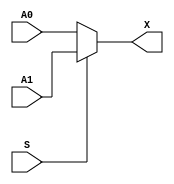
// This program was cloned from: https://github.com/TinyTapeout/tinytapeout-07-staging
// License: Apache License 2.0

// sky130_fd_sc_hd_fast.v
// These are simplistic, fast simulation models of the standard library cells
// required by TinyTapeout. The motiviation for having these is that Verilator
// cannot digest the 'primitive' definitions provided in the PDK, as it does not
// support the 'table' construct. Therefore these models stand-in for the PDK
// models testbench simulation.

module sky130_fd_sc_hd__udp_mux_2to1 (
    output wire X ,
    input  wire A0,
    input  wire A1,
    input  wire S
);

    assign X = S ? A1 : A0;

endmodule

module sky130_fd_sc_hd__udp_mux_4to2 (
    output wire X ,
    input  wire A0,
    input  wire A1,
    input  wire A2,
    input  wire A3,
    input  wire S0,
    input  wire S1
);

    wire [3:0] all_inputs;
    wire [1:0] all_select;

    assign all_inputs = {A3, A2, A1, A0};
    assign all_select = {S1, S0};

    assign X = all_inputs[all_select];

endmodule

module sky130_fd_sc_hd__udp_mux_2to1_N (
    output wire Y ,
    input  wire A0,
    input  wire A1,
    input  wire S
);

    assign Y = ~(S ? A1 : A0);

endmodule

module sky130_fd_sc_hd__udp_dlatch$lP_pp$PG$N (
    output reg  Q       ,
    input  wire D       ,
    input  wire GATE    ,
    input  wire NOTIFIER,
    input  wire VPWR    ,
    input  wire VGND
);

    always @(*) begin
        if (GATE) Q <= D;
    end

    wire _unused;
    assign _unused = &{ 1'b0, NOTIFIER, VPWR, VGND };

endmodule

module sky130_fd_sc_hd__udp_dlatch$PR_pp$PG$N (
    output reg  Q       ,
    input  wire D       ,
    input  wire GATE    ,
    input  wire RESET   ,
    input  wire NOTIFIER,
    input  wire VPWR    ,
    input  wire VGND
);

    always @(*) begin
        if (RESET) begin
            Q <= 'd0;
        end if (GATE) begin
            Q <= D;
        end
    end

    wire _unused;
    assign _unused = &{ 1'b0, NOTIFIER, VPWR, VGND };

endmodule

module sky130_fd_sc_hd__udp_dlatch$P_pp$PG$N (
    output reg  Q       ,
    input  wire D       ,
    input  wire GATE    ,
    input  wire NOTIFIER,
    input  wire VPWR    ,
    input  wire VGND
);

    always @(*) begin
        if (GATE) Q <= D;
    end

    wire _unused;
    assign _unused = &{ 1'b0, NOTIFIER, VPWR, VGND };

endmodule

module sky130_fd_sc_hd__udp_dff$P_pp$PG$N (
    output reg  Q       ,
    input  wire D       ,
    input  wire CLK     ,
    input  wire NOTIFIER,
    input  wire VPWR    ,
    input  wire VGND
);

    always @(posedge CLK) begin
        Q <= D;
    end

    wire _unused;
    assign _unused = &{ 1'b0, NOTIFIER, VPWR, VGND };

endmodule

module sky130_fd_sc_hd__udp_dff$PS_pp$PG$N (
    output reg  Q       ,
    input  wire D       ,
    input  wire CLK     ,
    input  wire SET    ,
    input  wire NOTIFIER,
    input  wire VPWR    ,
    input  wire VGND
);

    always @(posedge CLK, posedge SET) begin
        if (SET) begin
            Q <= 1'b1;
        end else begin
            Q <= D;
        end
    end

    wire _unused;
    assign _unused = &{ 1'b0, NOTIFIER, VPWR, VGND };

endmodule

module sky130_fd_sc_hd__udp_dff$PR_pp$PG$N (
    output reg  Q       ,
    input  wire D       ,
    input  wire CLK     ,
    input  wire RESET   ,
    input  wire NOTIFIER,
    input  wire VPWR    ,
    input  wire VGND
);

    always @(posedge CLK, posedge RESET) begin
        if (RESET) begin
            Q <= 1'b0;
        end else begin
            Q <= D;
        end
    end

    wire _unused;
    assign _unused = &{ 1'b0, NOTIFIER, VPWR, VGND };

endmodule

module sky130_fd_sc_hd__udp_dff$NSR_pp$PG$N (
    output reg  Q       ,
    input  wire SET     ,
    input  wire RESET   ,
    input  wire CLK_N   ,
    input  wire D       ,
    input  wire NOTIFIER,
    input  wire VPWR    ,
    input  wire VGND
);

    always @(negedge CLK_N, posedge RESET, posedge SET) begin
        if (RESET) begin
            Q <= 1'b0;
        end else if (SET) begin
            Q <= 1'b1;
        end else begin
            Q <= D;
        end
    end

    wire _unused;
    assign _unused = &{ 1'b0, NOTIFIER, VPWR, VGND };

endmodule

module sky130_fd_sc_hd__udp_pwrgood_pp$G (
    output wire UDP_OUT,
    input  wire UDP_IN ,
    input  wire VGND
);

    assign UDP_OUT = UDP_IN && !VGND;

endmodule

module sky130_fd_sc_hd__udp_pwrgood_pp$P (
    output wire UDP_OUT,
    input  wire UDP_IN ,
    input  wire VPWR
);

    assign UDP_OUT = UDP_IN && VPWR;

endmodule

module sky130_fd_sc_hd__udp_pwrgood_pp$PG (
    output wire UDP_OUT,
    input  wire UDP_IN ,
    input  wire VPWR   ,
    input  wire VGND
);

    assign UDP_OUT = UDP_IN && VPWR && !VGND;

endmodule

module sky130_fd_sc_hd__udp_pwrgood$l_pp$PG (
    output wire UDP_OUT,
    input  wire UDP_IN ,
    input  wire VPWR   ,
    input  wire VGND
);

    assign UDP_OUT = UDP_IN && VPWR && !VGND;

endmodule

module sky130_fd_sc_hd__udp_pwrgood$l_pp$PG$S (
    output wire UDP_OUT,
    input  wire UDP_IN ,
    input  wire VPWR   ,
    input  wire VGND   ,
    input  wire SLEEP
);

    assign UDP_OUT = UDP_IN && VPWR && !VGND && !SLEEP;

endmodule


module sky130_fd_sc_hd__a211o_1(
    output wire X   ,
    input  wire A1  ,
    input  wire A2  ,
    input  wire B1  ,
    input  wire C1  ,
    input  wire VPWR,
    input  wire VGND,
    input  wire VPB ,
    input  wire VNB
);

    assign X = ((A1 & A2) | B1 | C1);

    wire _unused;
    assign _unused = &{ 1'b0, VPWR, VGND, VPB, VNB };

endmodule

module sky130_fd_sc_hd__a31o_1(
    output wire X   ,
    input  wire A1  ,
    input  wire A2  ,
    input  wire A3  ,
    input  wire B1  ,
    input  wire VPWR,
    input  wire VGND,
    input  wire VPB ,
    input  wire VNB
);

    assign X = ((A1 & A2 & A3) | B1);

    wire _unused;
    assign _unused = &{ 1'b0, VPWR, VGND, VPB, VNB };

endmodule

module sky130_fd_sc_hd__and2_1(
    output wire X   ,
    input  wire A   ,
    input  wire B   ,
    input  wire VPWR,
    input  wire VGND,
    input  wire VPB ,
    input  wire VNB
);

    assign X = A & B;

    wire _unused;
    assign _unused = &{ 1'b0, VPWR, VGND, VPB, VNB };

endmodule

module sky130_fd_sc_hd__and2_4(
    output wire X   ,
    input  wire A   ,
    input  wire B   ,
    input  wire VPWR,
    input  wire VGND,
    input  wire VPB ,
    input  wire VNB
);

    assign X = A & B;

    wire _unused;
    assign _unused = &{ 1'b0, VPWR, VGND, VPB, VNB };

endmodule

module sky130_fd_sc_hd__and2b_1(
    output wire X   ,
    input  wire A_N ,
    input  wire B   ,
    input  wire VPWR,
    input  wire VGND,
    input  wire VPB ,
    input  wire VNB
);

    assign X = (~A_N) & B;

    wire _unused;
    assign _unused = &{ 1'b0, VPWR, VGND, VPB, VNB };

endmodule

module sky130_fd_sc_hd__and2b_2(
    output wire X   ,
    input  wire A_N ,
    input  wire B   ,
    input  wire VPWR,
    input  wire VGND,
    input  wire VPB ,
    input  wire VNB
);

    assign X = (~A_N) & B;

    wire _unused;
    assign _unused = &{ 1'b0, VPWR, VGND, VPB, VNB };

endmodule

module sky130_fd_sc_hd__and3b_1(
    output wire X   ,
    input  wire A_N ,
    input  wire B   ,
    input  wire C   ,
    input  wire VPWR,
    input  wire VGND,
    input  wire VPB ,
    input  wire VNB
);

    assign X = (~A_N) & B & C;

    wire _unused;
    assign _unused = &{ 1'b0, VPWR, VGND, VPB, VNB };

endmodule

module sky130_fd_sc_hd__and3b_4(
    output wire X   ,
    input  wire A_N ,
    input  wire B   ,
    input  wire C   ,
    input  wire VPWR,
    input  wire VGND,
    input  wire VPB ,
    input  wire VNB
);

    assign X = (~A_N) & B & C;

    wire _unused;
    assign _unused = &{ 1'b0, VPWR, VGND, VPB, VNB };

endmodule

module sky130_fd_sc_hd__and4_1(
    output wire X   ,
    input  wire A   ,
    input  wire B   ,
    input  wire C   ,
    input  wire D   ,
    input  wire VPWR,
    input  wire VGND,
    input  wire VPB ,
    input  wire VNB
);

    assign X = A & B & C & D;

    wire _unused;
    assign _unused = &{ 1'b0, VPWR, VGND, VPB, VNB };

endmodule

module sky130_fd_sc_hd__and4b_1(
    output wire X   ,
    input  wire A_N ,
    input  wire B   ,
    input  wire C   ,
    input  wire D   ,
    input  wire VPWR,
    input  wire VGND,
    input  wire VPB ,
    input  wire VNB
);

    assign X = (~A_N) & B & C & D;

    wire _unused;
    assign _unused = &{ 1'b0, VPWR, VGND, VPB, VNB };

endmodule

module sky130_fd_sc_hd__and4bb_1(
    output wire X   ,
    input  wire A_N ,
    input  wire B_N ,
    input  wire C   ,
    input  wire D   ,
    input  wire VPWR,
    input  wire VGND,
    input  wire VPB ,
    input  wire VNB
);

    assign X = (~A_N) & (~B_N) & C & D;

    wire _unused;
    assign _unused = &{ 1'b0, VPWR, VGND, VPB, VNB };

endmodule

module sky130_fd_sc_hd__buf_1(
    output wire X   ,
    input  wire A   ,
    input  wire VPWR,
    input  wire VGND,
    input  wire VPB ,
    input  wire VNB
);

    assign X = A;

    wire _unused;
    assign _unused = &{ 1'b0, VPWR, VGND, VPB, VNB };

endmodule

module sky130_fd_sc_hd__buf_2(
    output wire X   ,
    input  wire A   ,
    input  wire VPWR,
    input  wire VGND,
    input  wire VPB ,
    input  wire VNB
);

    assign X = A;

    wire _unused;
    assign _unused = &{ 1'b0, VPWR, VGND, VPB, VNB };

endmodule

module sky130_fd_sc_hd__buf_4(
    output wire X   ,
    input  wire A   ,
    input  wire VPWR,
    input  wire VGND,
    input  wire VPB ,
    input  wire VNB
);

    assign X = A;

    wire _unused;
    assign _unused = &{ 1'b0, VPWR, VGND, VPB, VNB };

endmodule

module sky130_fd_sc_hd__clkinv_2(
    output wire Y   ,
    input  wire A   ,
    input  wire VPWR,
    input  wire VGND,
    input  wire VPB ,
    input  wire VNB
);

    assign Y = ~A;

    wire _unused;
    assign _unused = &{ 1'b0, VPWR, VGND, VPB, VNB };

endmodule

module sky130_fd_sc_hd__clkinv_4(
    output wire Y   ,
    input  wire A   ,
    input  wire VPWR,
    input  wire VGND,
    input  wire VPB ,
    input  wire VNB
);

    assign Y = ~A;

    wire _unused;
    assign _unused = &{ 1'b0, VPWR, VGND, VPB, VNB };

endmodule

module sky130_fd_sc_hd__clkbuf_2(
    output wire X   ,
    input  wire A   ,
    input  wire VPWR,
    input  wire VGND,
    input  wire VPB ,
    input  wire VNB
);

    assign X = A;

    wire _unused;
    assign _unused = &{ 1'b0, VPWR, VGND, VPB, VNB };

endmodule

module sky130_fd_sc_hd__clkbuf_4(
    output wire X   ,
    input  wire A   ,
    input  wire VPWR,
    input  wire VGND,
    input  wire VPB ,
    input  wire VNB
);

    assign X = A;

    wire _unused;
    assign _unused = &{ 1'b0, VPWR, VGND, VPB, VNB };

endmodule

module sky130_fd_sc_hd__clkbuf_8(
    output wire X   ,
    input  wire A   ,
    input  wire VPWR,
    input  wire VGND,
    input  wire VPB ,
    input  wire VNB
);

    assign X = A;

    wire _unused;
    assign _unused = &{ 1'b0, VPWR, VGND, VPB, VNB };

endmodule

module sky130_fd_sc_hd__clkdlybuf4s25_1(
    output wire X   ,
    input  wire A   ,
    input  wire VPWR,
    input  wire VGND,
    input  wire VPB ,
    input  wire VNB
);

    assign X = A;

    wire _unused;
    assign _unused = &{ 1'b0, VPWR, VGND, VPB, VNB };

endmodule

module sky130_fd_sc_hd__clkdlybuf4s50_1(
    output wire X   ,
    input  wire A   ,
    input  wire VPWR,
    input  wire VGND,
    input  wire VPB ,
    input  wire VNB
);

    assign X = A;

    wire _unused;
    assign _unused = &{ 1'b0, VPWR, VGND, VPB, VNB };

endmodule

module sky130_fd_sc_hd__clkinv_1(
    output wire Y   ,
    input  wire A   ,
    input  wire VPWR,
    input  wire VGND,
    input  wire VPB ,
    input  wire VNB
);

    assign Y = ~A;

    wire _unused;
    assign _unused = &{ 1'b0, VPWR, VGND, VPB, VNB };

endmodule

module sky130_fd_sc_hd__dfrtp_4(
    output reg  Q      ,
    input  wire CLK    ,
    input  wire D      ,
    input  wire RESET_B,
    input  wire VPWR   ,
    input  wire VGND   ,
    input  wire VPB    ,
    input  wire VNB
);

    wire RESET = ~RESET_B;

    always @(posedge CLK, posedge RESET) begin
        if (RESET) Q <= 'd0;
        else       Q <= D;
    end

    wire _unused;
    assign _unused = &{ 1'b0, VPWR, VGND, VPB, VNB };

endmodule

module sky130_fd_sc_hd__dfrtn_1(
    output reg  Q      ,
    input  wire CLK_N  ,
    input  wire D      ,
    input  wire RESET_B,
    input  wire VPWR   ,
    input  wire VGND   ,
    input  wire VPB    ,
    input  wire VNB
);

    wire CLK   = ~CLK_N;
    wire RESET = ~RESET_B;

    always @(posedge CLK, posedge RESET) begin
        if (RESET) Q <= 'd0;
        else       Q <= D;
    end

    wire _unused;
    assign _unused = &{ 1'b0, VPWR, VGND, VPB, VNB };

endmodule

module sky130_fd_sc_hd__dfrtp_1(
    output reg  Q      ,
    input  wire CLK    ,
    input  wire D      ,
    input  wire RESET_B,
    input  wire VPWR   ,
    input  wire VGND   ,
    input  wire VPB    ,
    input  wire VNB
);

    wire RESET = ~RESET_B;

    always @(posedge CLK, posedge RESET) begin
        if (RESET) Q <= 'd0;
        else       Q <= D;
    end

    wire _unused;
    assign _unused = &{ 1'b0, VPWR, VGND, VPB, VNB };

endmodule

module sky130_fd_sc_hd__dfsbp_1(
    output reg  Q    ,
    output wire Q_N  ,
    input  wire CLK  ,
    input  wire D    ,
    input  wire SET_B,
    input  wire VPWR ,
    input  wire VGND ,
    input  wire VPB  ,
    input  wire VNB
);

    wire SET = ~SET_B;

    always @(posedge CLK, posedge SET) begin
        if (SET) Q <= 'd1;
        else     Q <= D;
    end

    wire _unused;
    assign _unused = &{ 1'b0, VPWR, VGND, VPB, VNB };

assign Q_N = ~Q;

endmodule

module sky130_fd_sc_hd__dfxtp_1(
    output reg  Q   ,
    input  wire CLK ,
    input  wire D   ,
    input  wire VPWR,
    input  wire VGND,
    input  wire VPB ,
    input  wire VNB
);

    always @(posedge CLK) begin
        Q <= D;
    end

    wire _unused;
    assign _unused = &{ 1'b0, VPWR, VGND, VPB, VNB };

endmodule

module sky130_fd_sc_hd__dfxtp_4(
    output reg  Q   ,
    input  wire CLK ,
    input  wire D   ,
    input  wire VPWR,
    input  wire VGND,
    input  wire VPB ,
    input  wire VNB
);

    always @(posedge CLK) begin
        Q <= D;
    end

    wire _unused;
    assign _unused = &{ 1'b0, VPWR, VGND, VPB, VNB };

endmodule

module sky130_fd_sc_hd__dlclkp_1(
    output wire GCLK,
    input  wire GATE,
    input  wire CLK ,
    input  wire VPWR,
    input  wire VGND,
    input  wire VPB ,
    input  wire VNB
);

    reg gate_q;

    always @(negedge CLK) gate_q <= GATE;

    assign GCLK = gate_q & CLK;

    wire _unused;
    assign _unused = &{ 1'b0, VPWR, VGND, VPB, VNB };

endmodule

module sky130_fd_sc_hd__dlxtn_1(
    output reg  Q     ,
    input  wire D     ,
    input  wire GATE_N,
    input  wire VPWR  ,
    input  wire VGND  ,
    input  wire VPB   ,
    input  wire VNB
);

    always @(GATE_N, D) begin
        if (~GATE_N) Q <= D;
    end

    wire _unused;
    assign _unused = &{ 1'b0, VPWR, VGND, VPB, VNB };

endmodule

module sky130_fd_sc_hd__dlxtn_4(
    output reg  Q     ,
    input  wire D     ,
    input  wire GATE_N,
    input  wire VPWR  ,
    input  wire VGND  ,
    input  wire VPB   ,
    input  wire VNB
);

    always @(GATE_N, D) begin
        if (~GATE_N) Q <= D;
    end

    wire _unused;
    assign _unused = &{ 1'b0, VPWR, VGND, VPB, VNB };

endmodule

module sky130_fd_sc_hd__dlxtp_1(
    output reg  Q   ,
    input  wire D   ,
    input  wire GATE,
    input  wire VPWR,
    input  wire VGND,
    input  wire VPB ,
    input  wire VNB
);

    always @(GATE, D) begin
        if (GATE) Q <= D;
    end

    wire _unused;
    assign _unused = &{ 1'b0, VPWR, VGND, VPB, VNB };

endmodule

module sky130_fd_sc_hd__ebufn_1(
    output wire Z   ,
    input  wire A   ,
    input  wire TE_B,
    input  wire VPWR,
    input  wire VGND,
    input  wire VPB ,
    input  wire VNB
);

    assign Z = (~TE_B) ? A : 1'dZ;

    wire _unused;
    assign _unused = &{ 1'b0, VPWR, VGND, VPB, VNB };

endmodule

module sky130_fd_sc_hd__einvp_2(
    output wire Z   ,
    input  wire A   ,
    input  wire TE  ,
    input  wire VPWR,
    input  wire VGND,
    input  wire VPB ,
    input  wire VNB
);

    assign Z = TE ? (~A) : 1'dZ;

    wire _unused;
    assign _unused = &{ 1'b0, VPWR, VGND, VPB, VNB };

endmodule

module sky130_fd_sc_hd__fa_1(
    output wire COUT,
    output wire SUM ,
    input  wire A   ,
    input  wire B   ,
    input  wire CIN ,
    input  wire VPWR,
    input  wire VGND,
    input  wire VPB ,
    input  wire VNB
);

    assign { COUT, SUM } = (A + B + CIN);

    wire _unused;
    assign _unused = &{ 1'b0, VPWR, VGND, VPB, VNB };

endmodule

module sky130_fd_sc_hd__fa_2(
    output wire COUT,
    output wire SUM ,
    input  wire A   ,
    input  wire B   ,
    input  wire CIN ,
    input  wire VPWR,
    input  wire VGND,
    input  wire VPB ,
    input  wire VNB
);

    assign { COUT, SUM } = (A + B + CIN);

    wire _unused;
    assign _unused = &{ 1'b0, VPWR, VGND, VPB, VNB };

endmodule

module sky130_fd_sc_hd__inv_1(
    output wire Y   ,
    input  wire A   ,
    input  wire VPWR,
    input  wire VGND,
    input  wire VPB ,
    input  wire VNB
);

    assign Y = ~A;

    wire _unused;
    assign _unused = &{ 1'b0, VPWR, VGND, VPB, VNB };

endmodule

module sky130_fd_sc_hd__inv_4(
    output wire Y   ,
    input  wire A   ,
    input  wire VPWR,
    input  wire VGND,
    input  wire VPB ,
    input  wire VNB
);

    assign Y = ~A;

    wire _unused;
    assign _unused = &{ 1'b0, VPWR, VGND, VPB, VNB };

endmodule

module sky130_fd_sc_hd__mux2_1(
    output wire X   ,
    input  wire A0  ,
    input  wire A1  ,
    input  wire S   ,
    input  wire VPWR,
    input  wire VGND,
    input  wire VPB ,
    input  wire VNB
);

    assign X = S ? A1 : A0;

    wire _unused;
    assign _unused = &{ 1'b0, VPWR, VGND, VPB, VNB };

endmodule

module sky130_fd_sc_hd__mux2i_1(
    output wire Y   ,
    input  wire A0  ,
    input  wire A1  ,
    input  wire S   ,
    input  wire VPWR,
    input  wire VGND,
    input  wire VPB ,
    input  wire VNB
);

    assign Y = ~(S ? A1 : A0);

    wire _unused;
    assign _unused = &{ 1'b0, VPWR, VGND, VPB, VNB };

endmodule

module sky130_fd_sc_hd__mux4_1(
    output wire X   ,
    input  wire A0  ,
    input  wire A1  ,
    input  wire A2  ,
    input  wire A3  ,
    input  wire S0  ,
    input  wire S1  ,
    input  wire VPWR,
    input  wire VGND,
    input  wire VPB ,
    input  wire VNB
);

    wire [3:0] choices = { A3, A2, A1, A0 };
    wire [1:0] selects = { S1, S0 };

    assign X = choices[selects];

    wire _unused;
    assign _unused = &{ 1'b0, VPWR, VGND, VPB, VNB };

endmodule

module sky130_fd_sc_hd__nand2_1(
    output wire Y   ,
    input  wire A   ,
    input  wire B   ,
    input  wire VPWR,
    input  wire VGND,
    input  wire VPB ,
    input  wire VNB
);

    assign Y = ~(A & B);

    wire _unused;
    assign _unused = &{ 1'b0, VPWR, VGND, VPB, VNB };

endmodule

module sky130_fd_sc_hd__nand2_2(
    output wire Y   ,
    input  wire A   ,
    input  wire B   ,
    input  wire VPWR,
    input  wire VGND,
    input  wire VPB ,
    input  wire VNB
);

    assign Y = ~(A & B);

    wire _unused;
    assign _unused = &{ 1'b0, VPWR, VGND, VPB, VNB };

endmodule

module sky130_fd_sc_hd__nand3_2(
    output wire Y   ,
    input  wire A   ,
    input  wire B   ,
    input  wire C   ,
    input  wire VPWR,
    input  wire VGND,
    input  wire VPB ,
    input  wire VNB
);

    assign Y = ~(A & B & C);

    wire _unused;
    assign _unused = &{ 1'b0, VPWR, VGND, VPB, VNB };

endmodule

module sky130_fd_sc_hd__nand4_1(
    output wire Y   ,
    input  wire A   ,
    input  wire B   ,
    input  wire C   ,
    input  wire D   ,
    input  wire VPWR,
    input  wire VGND,
    input  wire VPB ,
    input  wire VNB
);

    assign Y = ~(A & B & C & D);

    wire _unused;
    assign _unused = &{ 1'b0, VPWR, VGND, VPB, VNB };

endmodule

module sky130_fd_sc_hd__nand4b_1(
    output wire Y   ,
    input  wire A_N ,
    input  wire B   ,
    input  wire C   ,
    input  wire D   ,
    input  wire VPWR,
    input  wire VGND,
    input  wire VPB ,
    input  wire VNB
);

    assign Y = ~((~A_N) & B & C & D);

    wire _unused;
    assign _unused = &{ 1'b0, VPWR, VGND, VPB, VNB };

endmodule

module sky130_fd_sc_hd__nand4bb_1(
    output wire Y   ,
    input  wire A_N ,
    input  wire B_N ,
    input  wire C   ,
    input  wire D   ,
    input  wire VPWR,
    input  wire VGND,
    input  wire VPB ,
    input  wire VNB
);

    assign Y = ~((~A_N) & (~B_N) & C & D);

    wire _unused;
    assign _unused = &{ 1'b0, VPWR, VGND, VPB, VNB };

endmodule

module sky130_fd_sc_hd__nor2_1(
    output wire Y   ,
    input  wire A   ,
    input  wire B   ,
    input  wire VPWR,
    input  wire VGND,
    input  wire VPB ,
    input  wire VNB
);

    assign Y = ~(A | B);

    wire _unused;
    assign _unused = &{ 1'b0, VPWR, VGND, VPB, VNB };

endmodule

module sky130_fd_sc_hd__nor4_1(
    output wire Y   ,
    input  wire A   ,
    input  wire B   ,
    input  wire C   ,
    input  wire D   ,
    input  wire VPWR,
    input  wire VGND,
    input  wire VPB ,
    input  wire VNB
);

    assign Y = ~(A | B | C | D);

    wire _unused;
    assign _unused = &{ 1'b0, VPWR, VGND, VPB, VNB };

endmodule

module sky130_fd_sc_hd__nor4b_1(
    output wire Y   ,
    input  wire A   ,
    input  wire B   ,
    input  wire C   ,
    input  wire D_N ,
    input  wire VPWR,
    input  wire VGND,
    input  wire VPB ,
    input  wire VNB
);

    assign Y = ~(A | B | C | (~D_N));

    wire _unused;
    assign _unused = &{ 1'b0, VPWR, VGND, VPB, VNB };

endmodule

module sky130_fd_sc_hd__o21a_1(
    output wire X   ,
    input  wire A1  ,
    input  wire A2  ,
    input  wire B1  ,
    input  wire VPWR,
    input  wire VGND,
    input  wire VPB ,
    input  wire VNB
);

    assign X = ((A1 | A2) & B1);

    wire _unused;
    assign _unused = &{ 1'b0, VPWR, VGND, VPB, VNB };

endmodule

module sky130_fd_sc_hd__or4_1(
    output wire X   ,
    input  wire A   ,
    input  wire B   ,
    input  wire C   ,
    input  wire D   ,
    input  wire VPWR,
    input  wire VGND,
    input  wire VPB ,
    input  wire VNB
);

    assign X = A | B | C | D;

    wire _unused;
    assign _unused = &{ 1'b0, VPWR, VGND, VPB, VNB };

endmodule

module sky130_fd_sc_hd__or4b_1(
    output wire X   ,
    input  wire A   ,
    input  wire B   ,
    input  wire C   ,
    input  wire D_N ,
    input  wire VPWR,
    input  wire VGND,
    input  wire VPB ,
    input  wire VNB
);

    assign X = A | B | C | (~D_N);

    wire _unused;
    assign _unused = &{ 1'b0, VPWR, VGND, VPB, VNB };

endmodule

module sky130_fd_sc_hd__sdfxtp_1(
    output reg  Q   ,
    input  wire CLK ,
    input  wire D   ,
    input  wire SCD ,
    input  wire SCE ,
    input  wire VPWR,
    input  wire VGND,
    input  wire VPB ,
    input  wire VNB
);

    wire choice;
    assign choice = SCE ? SCD : D;

    always @(posedge CLK) begin
        Q <= choice;
    end

    wire _unused;
    assign _unused = &{ 1'b0, VPWR, VGND, VPB, VNB };

endmodule

module sky130_fd_sc_hd__xnor2_1(
    output wire Y   ,
    input  wire A   ,
    input  wire B   ,
    input  wire VPWR,
    input  wire VGND,
    input  wire VPB ,
    input  wire VNB
);

    assign Y = !(A ^ B);

    wire _unused;
    assign _unused = &{ 1'b0, VPWR, VGND, VPB, VNB };

endmodule

module sky130_fd_sc_hd__xor2_1(
    output wire X   ,
    input  wire A   ,
    input  wire B   ,
    input  wire VPWR,
    input  wire VGND,
    input  wire VPB ,
    input  wire VNB
);
    assign X = A ^ B;

    wire _unused;
    assign _unused = &{ 1'b0, VPWR, VGND, VPB, VNB };

endmodule